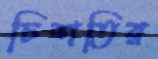
চিশতির